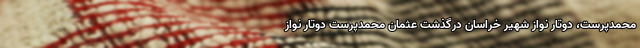
محمدپرست، دوتار نواز شهیر خراسان درگذشت عثمان محمدپرست دوتار نواز